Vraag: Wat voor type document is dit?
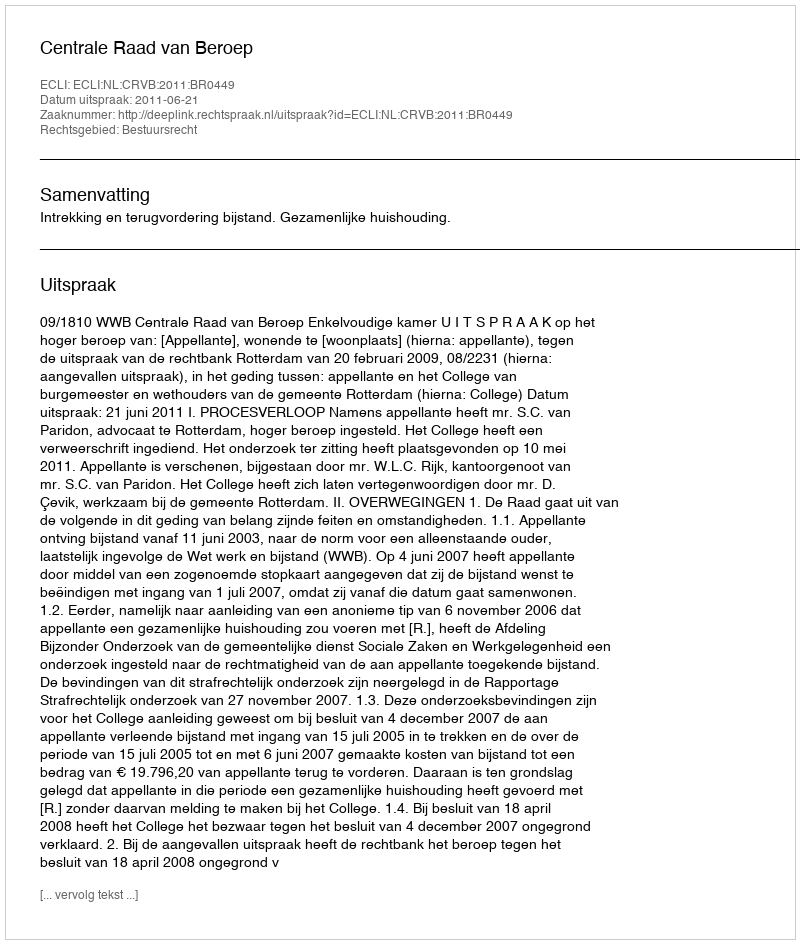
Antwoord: Uitspraak